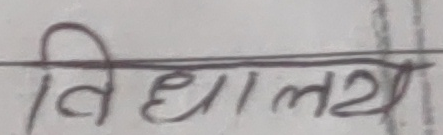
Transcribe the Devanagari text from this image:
विद्यालय